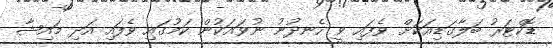
ޑޮކްޓަރު ބަލާގަޑިއަކަށް ވެފައި ވީ ހެނދުނު ނުވައަކުން ކަމުގައި ވެފައި އަދި މައިޝާ